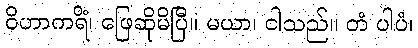
ဝိဟာကရိံ၊ ဖြေဆိုမိပြီ။ မယာ၊ ငါသည်။ တံ ပါပံ၊